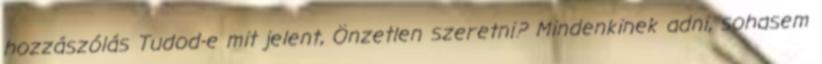
hozzászólás Tudod-e mit jelent, Önzetlen szeretni? Mindenkinek adni, sohasem